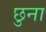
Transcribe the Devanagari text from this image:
छुना